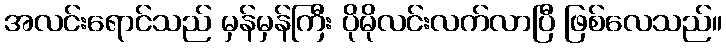
အလင်းရောင်သည် မှန်မှန်ကြီး ပိုမိုလင်းလက်လာပြီ ဖြစ်လေသည်။